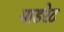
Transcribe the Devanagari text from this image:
माडरेट